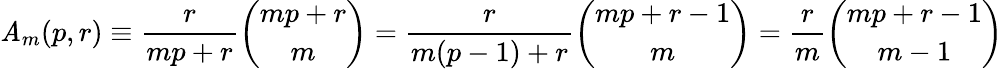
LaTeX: \mathit{A}_{m}(p,r)\equiv{\frac{{r}}{{mp+r}}}{\binom{mp+r}{m}}={\frac{{r}}{{m(p-1)+r}}}{\binom{mp+r-1}{m}}={\frac{{r}}{{m}}}{\binom{mp+r-1}{m-1}}